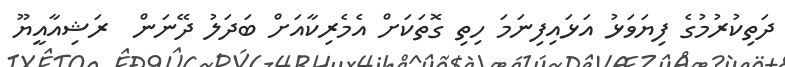
ދަތިކުރުމުގެ ފިޔަވަޅު އަޅައިފިނަމަ ހިތި ގޮތަކަށް އެމެރިކާއަށް ބަދަލު ދޭނަން  ރަޝިއާއީޔޫ